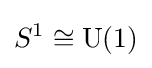
S^{1}\cong \mathrm {U} (1)